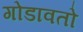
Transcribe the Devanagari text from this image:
गोडावतो